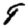
Digit: 9